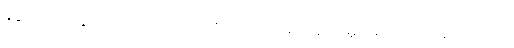
ခုဒ္ဒကသတ္ထေ ဥပါသကောဝ အာဓိပတေယျဋ္ဌော ဇေဋ္ဌမူလမာသေ ပိဏ္ဍဒါယကာ